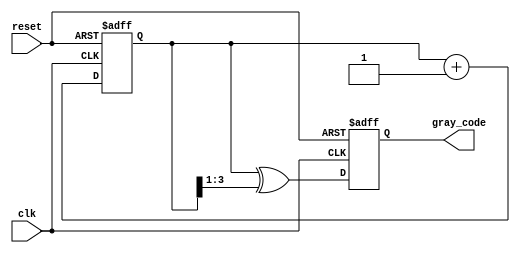
module gray_code_counter #(
    parameter n = 4  // Parameter for the number of bits
)(
    input wire clk,          // Clock input
    input wire reset,        // Asynchronous reset
    output reg [n-1:0] gray_code // Output Gray Code value
);

    // Internal binary counter
    reg [n-1:0] binary_counter;

    always @(posedge clk or posedge reset) begin
        if (reset) begin
            // Initialize both binary counter and Gray Code output to zero
            binary_counter <= {n{1'b0}};
            gray_code <= {n{1'b0}};
        end else begin
            // Increment binary counter
            binary_counter <= binary_counter + 1;

            // Convert binary counter to Gray Code
            gray_code <= binary_counter ^ (binary_counter >> 1);
        end
    end

endmodule